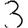
Digit: 3